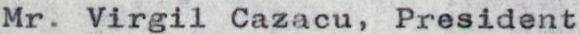
Mr. Virgil Cazacu, President